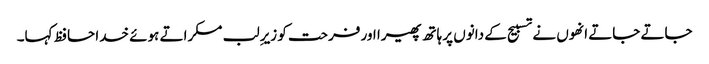
جاتے جاتے انھوں نے تسبیح کے دانوں پر ہاتھ پھیرا اور فرحت کو زیرِ لب مسکراتے ہوئے خدا حافظ کہا۔